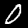
Label: 0